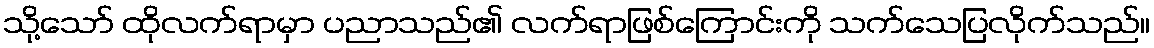
သို့သော် ထိုလက်ရာမှာ ပညာသည်၏ လက်ရာဖြစ်ကြောင်းကို သက်သေပြလိုက်သည်။